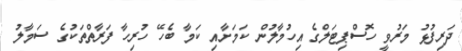
ދަރިފުޅު މަރުވީ ހޮސްޕިޓަލްގެ އިހުމާލުން ކަމަށާއި ކަމާ ބެހޭ ހުރިހާ ފަރާތްތަކުގެ ސަމާލު